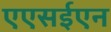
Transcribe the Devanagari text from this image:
एएसईएन